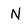
Character: N